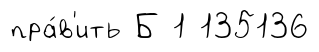
пра́в'ить Б 1 135136